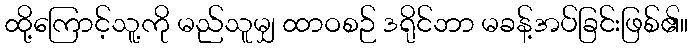
ထို့ကြောင့်သူ့ကို မည်သူမျှ ထာဝစဉ် ဒရိုင်ဘာ မခန့်အပ်ခြင်းဖြစ်၏။